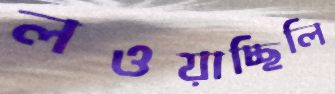
লওয়াচ্ছিলি